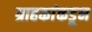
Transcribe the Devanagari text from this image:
ग्राहकांकडून